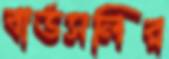
বার্ডসলির